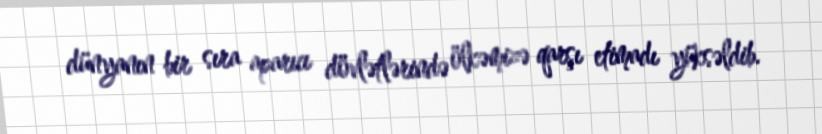
dünyanın bir sıra aparıcı dövlətlərində ölkəmizə qarşı etimadı yüksəldib.